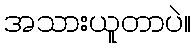
အသားယူတာပဲ။